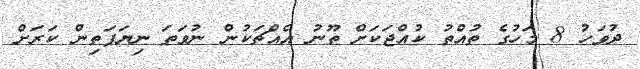
ދުވަހު 8 މަހުގެ ތުއްތު ކުއްޖަކަށް ތޫނު އެއްޗަކުން ނުވަތަ ނިޔަފަތިން ކަރަށް